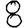
Digit: 8